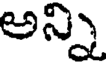
అన్ని